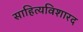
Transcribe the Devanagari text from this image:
साहित्यविशारद